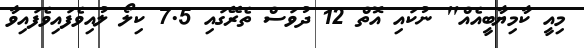
މިއީ ކާމިޔާބީއެއް" ނުކައި އޮތް 12 ދުވަސް ތެރޭގައި 7.5 ކިލޯ ލުއިވެފައިވެފައިވާ